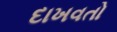
દાખવતો